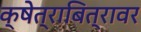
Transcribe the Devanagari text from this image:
क्षेत्राबित्रावर